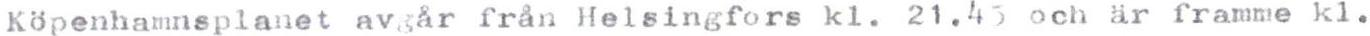
Köpenhammsplanet avgår från Helsingfors kl. 21.45 och är framme kl.